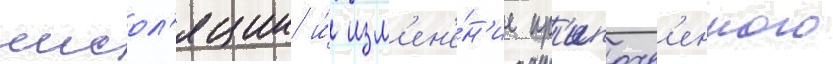
инсол'яции и́ изм'ен'е́н'ие пр'ипочв'енного